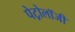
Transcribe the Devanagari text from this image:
पेट्रोलॉजी